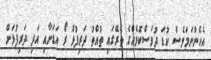
އެހެންނަމަވެސް ކުޑަ ދުވަސްކޮޅެއްގެ ތެރޭގައި ތުއްތު ދަރިފުޅު ރޯ އަޑަށާއި އަދި ދަރިފުޅަށް